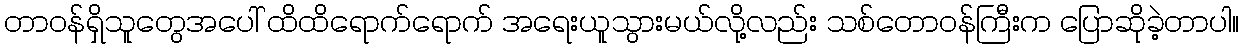
တာဝန်ရှိသူတွေအပေါ် ထိထိရောက်ရောက် အရေးယူသွားမယ်လို့လည်း သစ်တောဝန်ကြီးက ပြောဆိုခဲ့တာပါ။